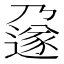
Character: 𬩄